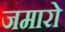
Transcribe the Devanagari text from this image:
जमारो